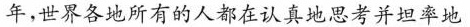
年，世界各地所有的人都在认真地思考并坦率地